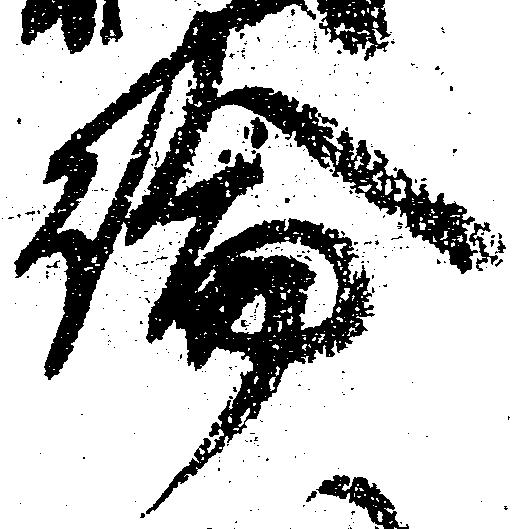
論